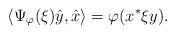
LaTeX: \begin{align*}\langle \Psi_\varphi(\xi) \hat y, \hat x \rangle = \varphi( x^* \xi y ).\end{align*}